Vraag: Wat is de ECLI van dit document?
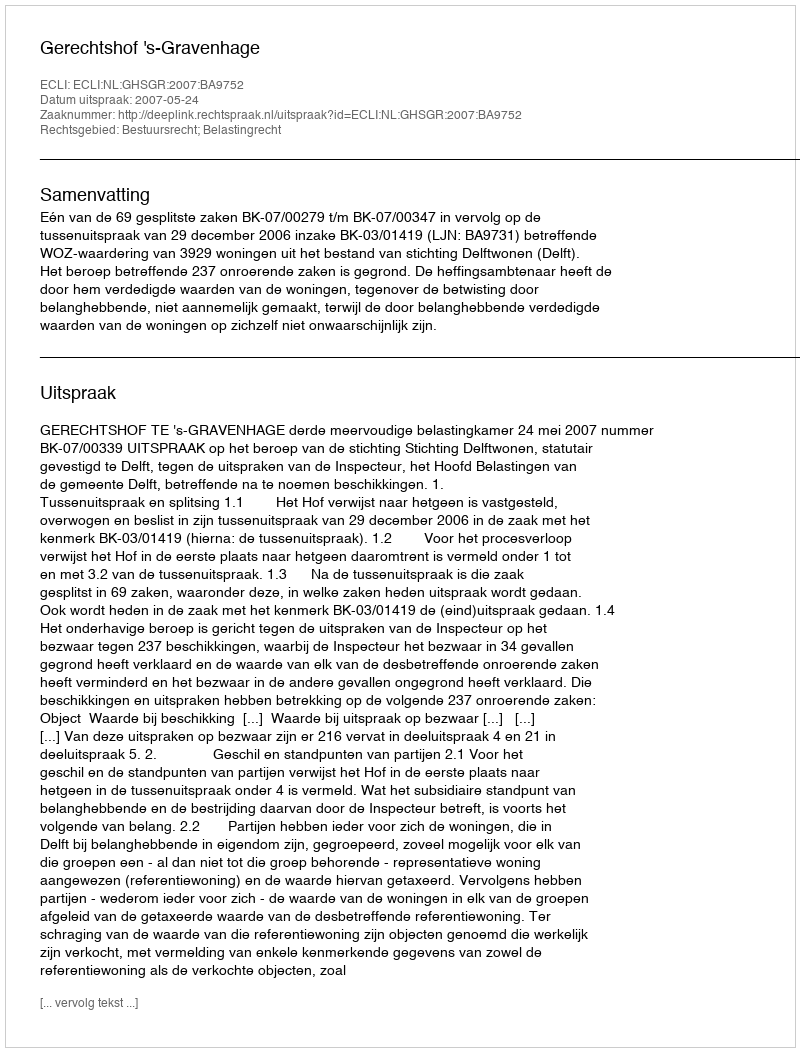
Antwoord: ECLI:NL:GHSGR:2007:BA9752